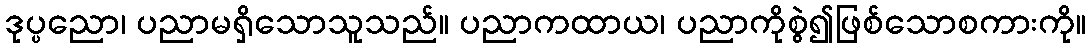
ဒုပ္ပညော၊ ပညာမရှိသောသူသည်။ ပညာကထာယ၊ ပညာကိုစွဲ၍ဖြစ်သောစကားကို။